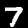
Digit: 7